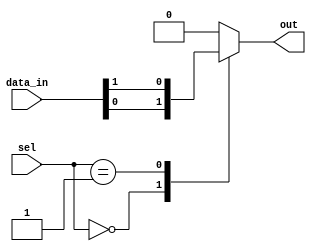
module mux_256to1 (
    input wire [255:0] data_in,
    input wire [7:0] sel,
    output reg out
);

always @(sel or data_in) begin
    case(sel)
        8'b00000000: out = data_in[0];
        8'b00000001: out = data_in[1];
        // continue for all 256 inputs
        default: out = 0;
    endcase
end

endmodule